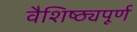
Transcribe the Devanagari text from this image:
वैशिष्ठ्यपूर्ण